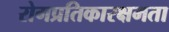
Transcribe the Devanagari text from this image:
रोगप्रतिकारक्षमता